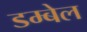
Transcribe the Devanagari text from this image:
डम्बेल